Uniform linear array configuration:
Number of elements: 64
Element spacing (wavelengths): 0.75
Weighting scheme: uniform
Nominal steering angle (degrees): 45
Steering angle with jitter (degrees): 44.907
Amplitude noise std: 0.05
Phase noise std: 0.05

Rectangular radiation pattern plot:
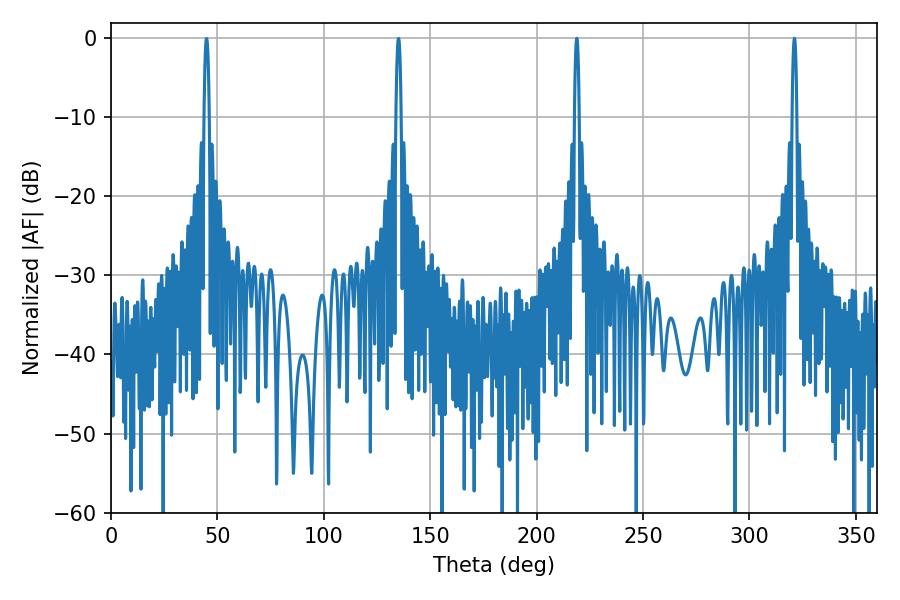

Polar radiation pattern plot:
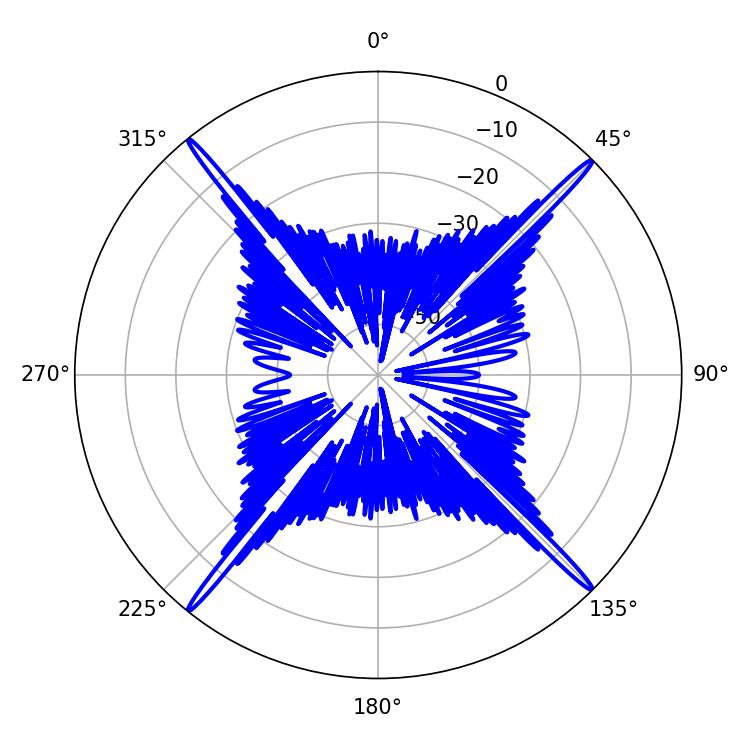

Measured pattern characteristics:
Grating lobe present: TRUE
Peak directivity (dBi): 24.074
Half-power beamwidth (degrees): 1.08
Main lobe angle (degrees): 321.12